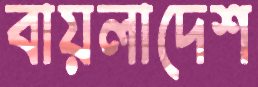
বায়লাদেশ